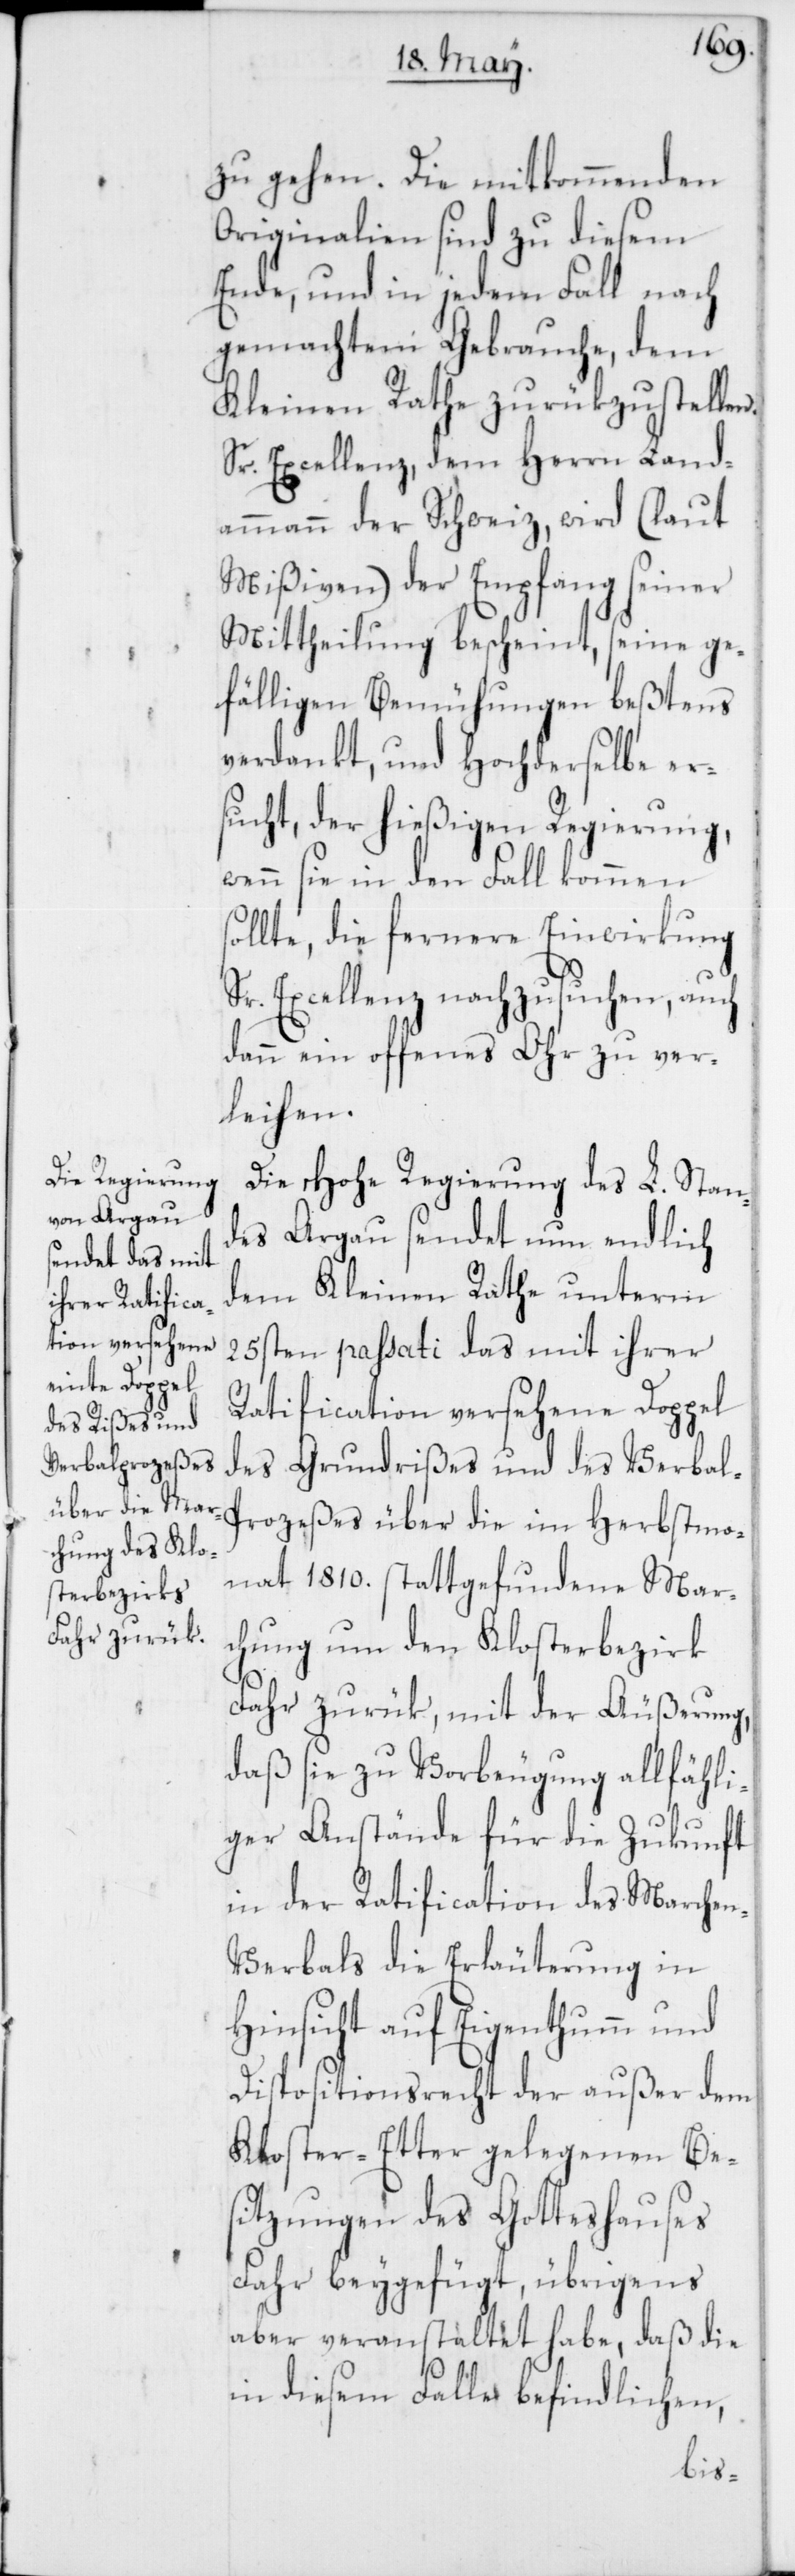
zu gehen. Die mitkommenden
Originalien sind zu diesem
Ende, und in jedem Fall nach
gemachtem Gebrauche, dem
Kleinen Rathe zurükzustellen.
Sr. Excellenz, dem Herrn Land¬
ammann der Schweiz, wird (laut
Mißiven) der Empfang seiner
Mittheilung bescheint, seine ge¬
fälligen Bemühungen beßtens
verdankt, und Hochderselbe er¬
sucht, der hießigen Regierung,
wenn sie in den Fall kommen
sollte, die fernere Einwirkung
Sr. Excellenz, nachzusuchen, auch
dann ein offenes Ohr zu ver¬
leihen.
Die Hohe Regierung des L. Stan¬
des Argau sendet nun endlich
dem Kleinen Rath unterm
25sten passati das mit ihrer
Ratification versehene Doppel
des Grundrißes und des Verbal-P¬
rozeßes über die im Herbstmo¬
nat 1810. stattgefundene Mar¬
chung um den Klosterbezirk
Fahr zurük, mit der Äußerung,
daß sie zu Vorbeugung allfähli¬
ger Anstände für die Zukunft
in der Ratification des Marche¬
n-Verbals die Erläuterung in
Hinsicht auf Eigenthumm und
Dispositionsrecht der außer dem
Kloster-Etter gelegenen Be¬
sitzungen des Gotteshauses
Fahr beygefügt, übrigens
aber veranstaltet habe, daß die
in diesem Falle befindlichen,